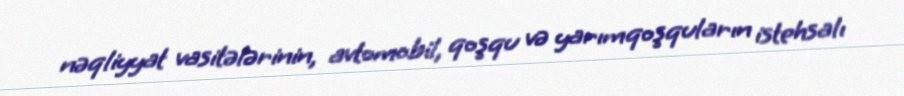
nəqliyyat vasitələrinin, avtomobil, qoşqu və yarımqoşquların istehsalı